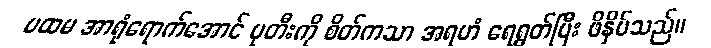
ပထမ အာရုံရောက်အောင် ပုတီးကို စိတ်ကသာ အရဟံ ရေရွတ်ပြီး ဖိနှိပ်သည်။